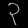
Digit: ၃